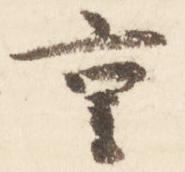
重